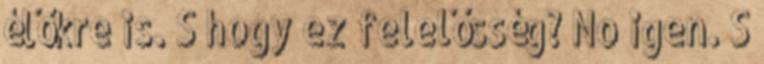
élőkre is. S hogy ez felelősség? No igen. S